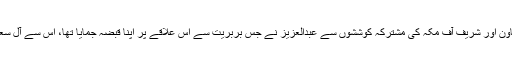
برطانوی سامراج کی مدد و تعاون اور شریف آف مکہ کی مشترکہ کوششوں سے عبدالعزیز نے جس بربریت سے اس علاقے پر اپنا قبضہ جمایا تھا، اس سے آل سعود خاندان بھی انکار نہیں کرتا۔